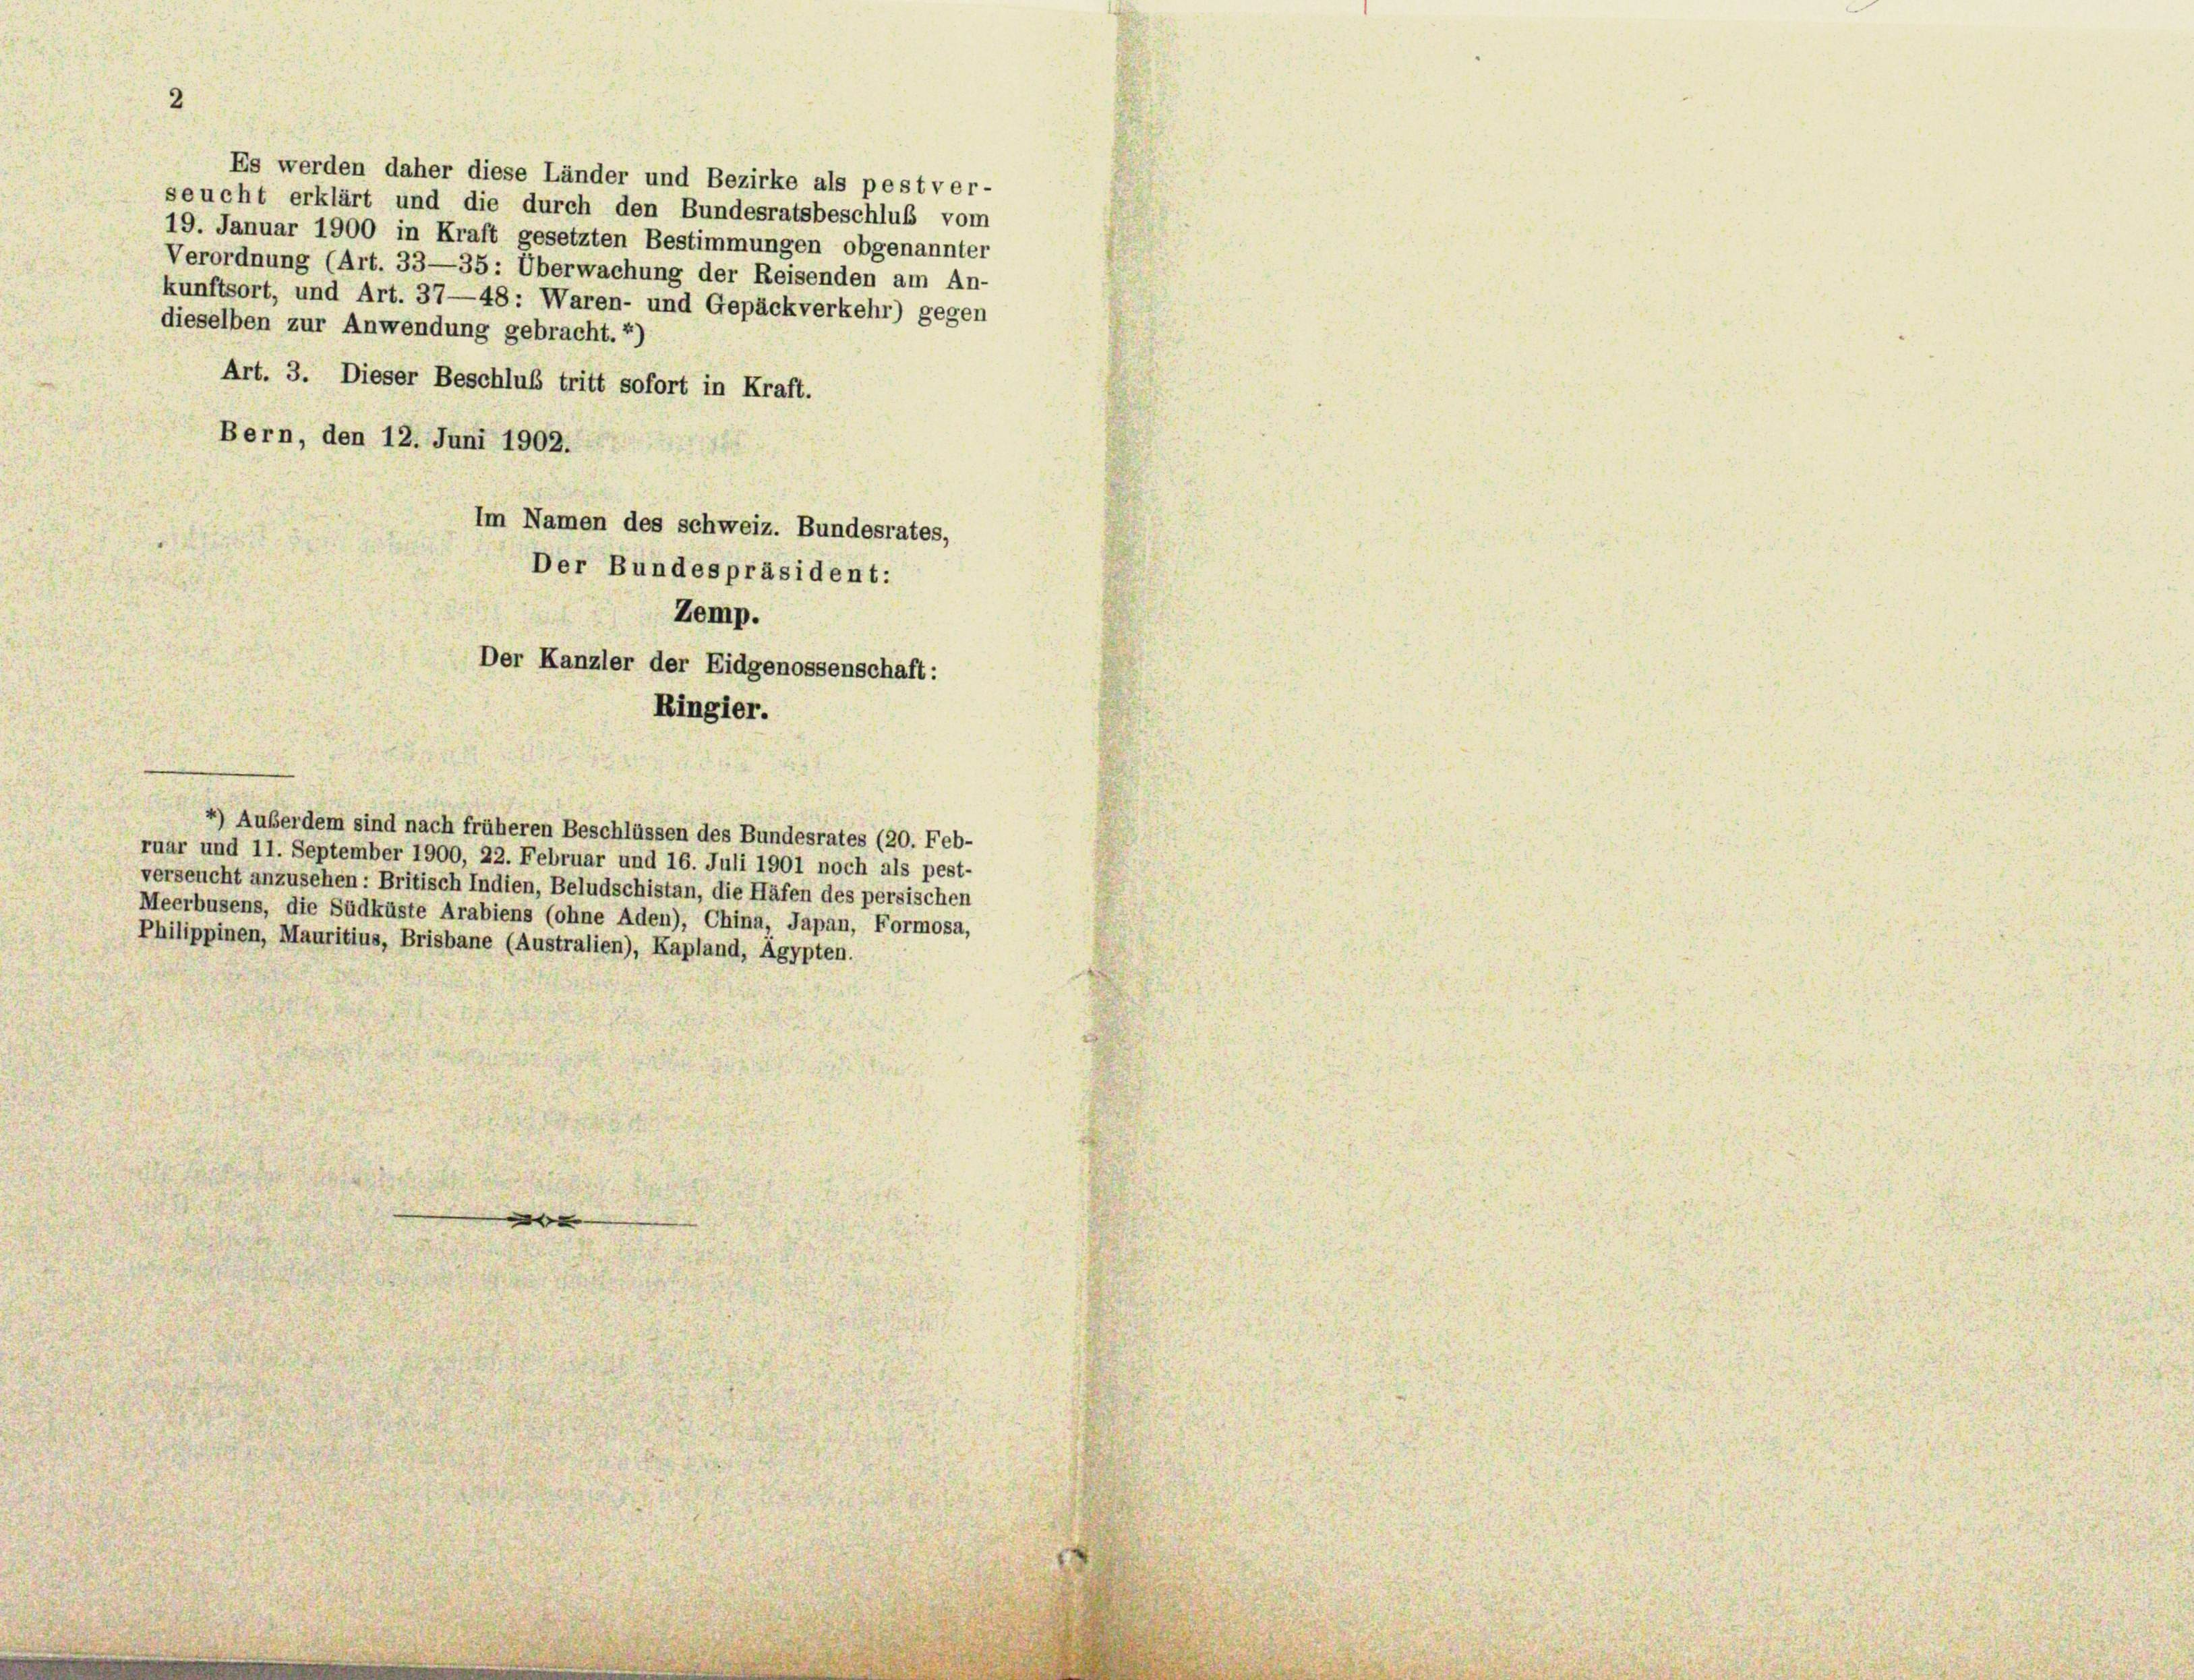
2

Es werden daher diese Länder und Bezirke als pest ver-
seucht erklärt und die durch den Bundesratsbeschluß vom
19. Januar 1900 in Kraft gesetzten Bestimmungen obgenannter
Verordnung (Art. 33—35: Überwachung der Reisenden am An-
kunftsort, und Art. 37—48: Waren- und Gepäckverkehr) gegen
dieselben zur Anwendung gebracht. *)
Art. 3. Dieser Beschluß tritt sofort in Kraft.
Bern, den 12. Juni 1902.
Im Namen des schweiz. Bundesrates,
Der Bundespräsident:
Zemp.

Der Kanzler der Eidgenossenschaft:
Ringier.

4) Außerdem sind nach früheren Beschlüssen des Bundesrates (20. Feb-
ruar und 11. September 1900, 22. Februar und 16. Juli 1901 noch als pest-
verseucht anzusehen: Britisch Indien, Beludschistan, die Häfen des persischen
Meerbusens, die Südküste Arabiens (ohne Aden), China, Japan, Formosa,
Philippinen, Mauritius, Brisbane (Australien), Kapland, Agypten.